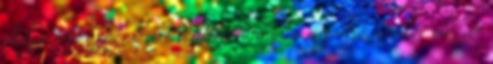
dolga. Az apáé. Ezért lehetett annyira megrázó, amikor először